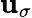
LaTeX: {\mathbf u}_{\sigma}